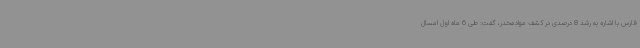
فارس با اشاره به رشد 8 درصدی در کشف موادمخدر، گفت: طی 6 ماه اول امسال